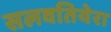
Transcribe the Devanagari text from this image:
सलवतियेरा